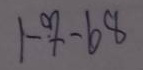
1 - 7 - 68